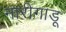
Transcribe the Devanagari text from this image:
नारीगाडू